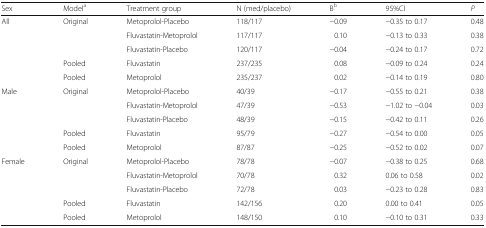
<table><thead><tr><td><b>Sex</b></td><td><b>Model<sup>a</sup></b></td><td><b>Treatment group</b></td><td><b>N (med/placebo)</b></td><td><b>B<sup>b</sup></b></td><td><b>95%CI</b></td><td><b><i>P</i></b></td></tr></thead><tbody><tr><td>All</td><td>Original</td><td>Metoprolol-Placebo</td><td>118/117</td><td>−0.09</td><td>−0.35 to 0.17</td><td>0.48</td></tr><tr><td></td><td></td><td>Fluvastatin-Metoprolol</td><td>117/117</td><td>0.10</td><td>−0.13 to 0.33</td><td>0.38</td></tr><tr><td></td><td></td><td>Fluvastatin-Placebo</td><td>120/117</td><td>−0.04</td><td>−0.24 to 0.17</td><td>0.72</td></tr><tr><td></td><td>Pooled</td><td>Fluvastatin</td><td>237/235</td><td>0.08</td><td>−0.09 to 0.24</td><td>0.24</td></tr><tr><td></td><td>Pooled</td><td>Metoprolol</td><td>235/237</td><td>0.02</td><td>−0.14 to 0.19</td><td>0.80</td></tr><tr><td>Male</td><td>Original</td><td>Metoprolol-Placebo</td><td>40/39</td><td>−0.17</td><td>−0.55 to 0.21</td><td>0.38</td></tr><tr><td></td><td></td><td>Fluvastatin-Metoprolol</td><td>47/39</td><td>−0.53</td><td>−1.02 to −0.04</td><td>0.03</td></tr><tr><td></td><td></td><td>Fluvastatin-Placebo</td><td>48/39</td><td>−0.15</td><td>−0.42 to 0.11</td><td>0.26</td></tr><tr><td></td><td>Pooled</td><td>Fluvastatin</td><td>95/79</td><td>−0.27</td><td>−0.54 to 0.00</td><td>0.05</td></tr><tr><td></td><td>Pooled</td><td>Metoprolol</td><td>87/87</td><td>−0.25</td><td>−0.52 to 0.02</td><td>0.07</td></tr><tr><td>Female</td><td>Original</td><td>Metoprolol-Placebo</td><td>78/78</td><td>−0.07</td><td>−0.38 to 0.25</td><td>0.68</td></tr><tr><td></td><td></td><td>Fluvastatin-Metoprolol</td><td>70/78</td><td>0.32</td><td>0.06 to 0.58</td><td>0.02</td></tr><tr><td></td><td></td><td>Fluvastatin-Placebo</td><td>72/78</td><td>0.03</td><td>−0.23 to 0.28</td><td>0.83</td></tr><tr><td></td><td>Pooled</td><td>Fluvastatin</td><td>142/156</td><td>0.20</td><td>0.00 to 0.41</td><td>0.05</td></tr><tr><td></td><td>Pooled</td><td>Metoprolol</td><td>148/150</td><td>0.10</td><td>−0.10 to 0.31</td><td>0.33</td></tr></tbody></table>